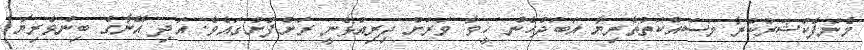
މެނުފެކުޝަރުކުރާ މަސައްކަތްތެރިޔާ އަބަދުހެން ހީވާ ވަރަށް ދިރިއުޅެނީ ރަށްފުށުގައެވެ. އަދި އޭނާގެ ބިންވެރިޔާ